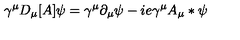
\gamma ^ { \mu } D _ { \mu } [ A ] \psi = \gamma ^ { \mu } \partial _ { \mu } \psi - i e \gamma ^ { \mu } A _ { \mu } * \psi